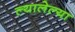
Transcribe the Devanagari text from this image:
ल्यालेल्या